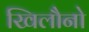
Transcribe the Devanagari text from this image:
खिलौनो